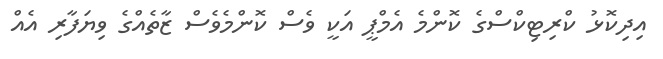
އިދިކޮޅު ކްރިޓިކްސްގެ ކޮންމެ އެމްޕީ އަކީ ވެސް ކޮންމެވެސް ޒާތެއްގެ ވިޔަފާރި އެއް